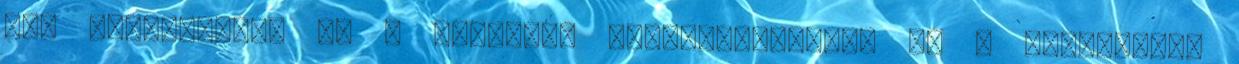
Hol helyezkedik el a vállalat hierarchiájában az a szervezeti